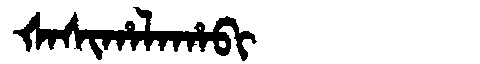
Manchu: ᡧᠠᠰᡳᡥᠠᠯᠠᡥᠠᠪᡳ
Romanization: ŠASIHALAHABI